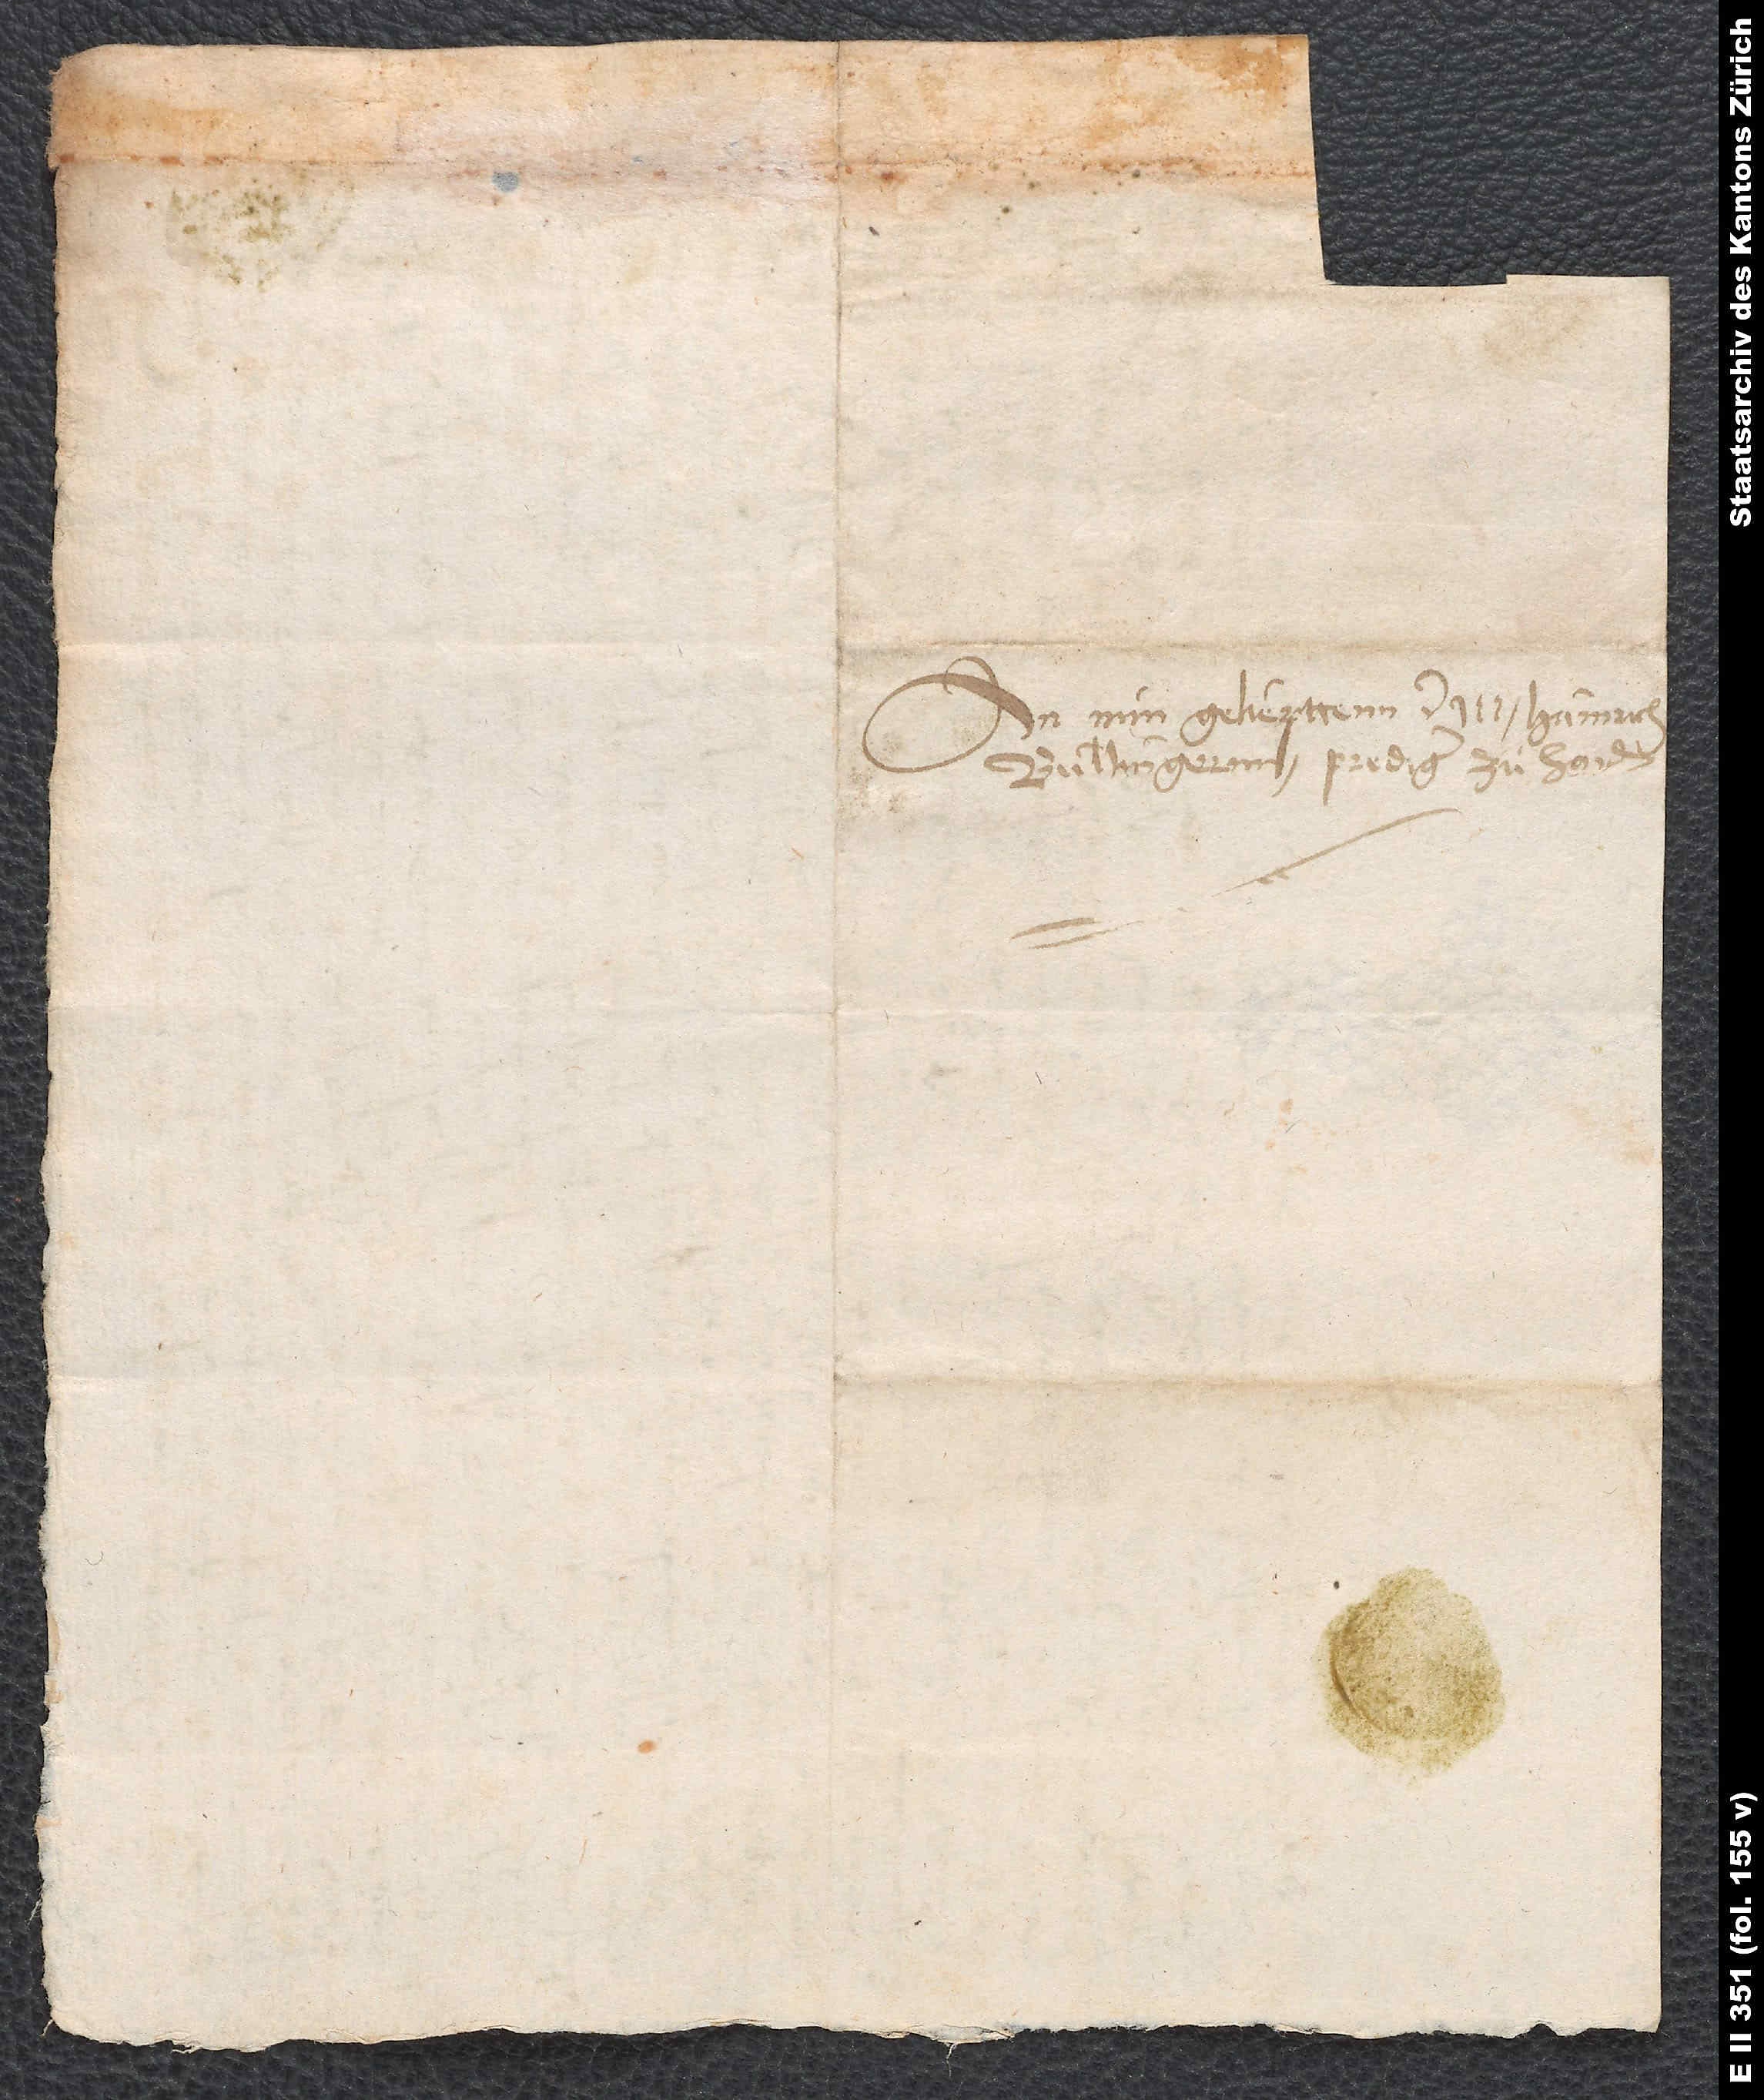
Bullingernn, prediger, zuͦ handen.